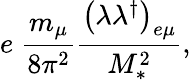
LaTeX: e\; \frac{m_{\mu}}{8\pi^{2}}\frac{\left(\lambda\lambda^{\dagger}\right)_{e\mu}}{M_{\ast}^{2}},